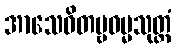
အာသေဝိတဗ္ဗဓမ္မသုတ္တံ